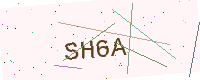
Text: SH6A